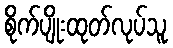
စိုက်ပျိုးထုတ်လုပ်သူ